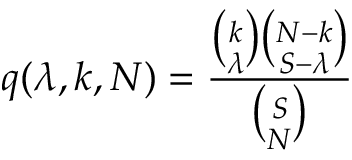
q ( \lambda , k , N ) = \frac { { \binom { k } { \lambda } } { \binom { N - k } { S - \lambda } } } { { \binom { S } { N } } }